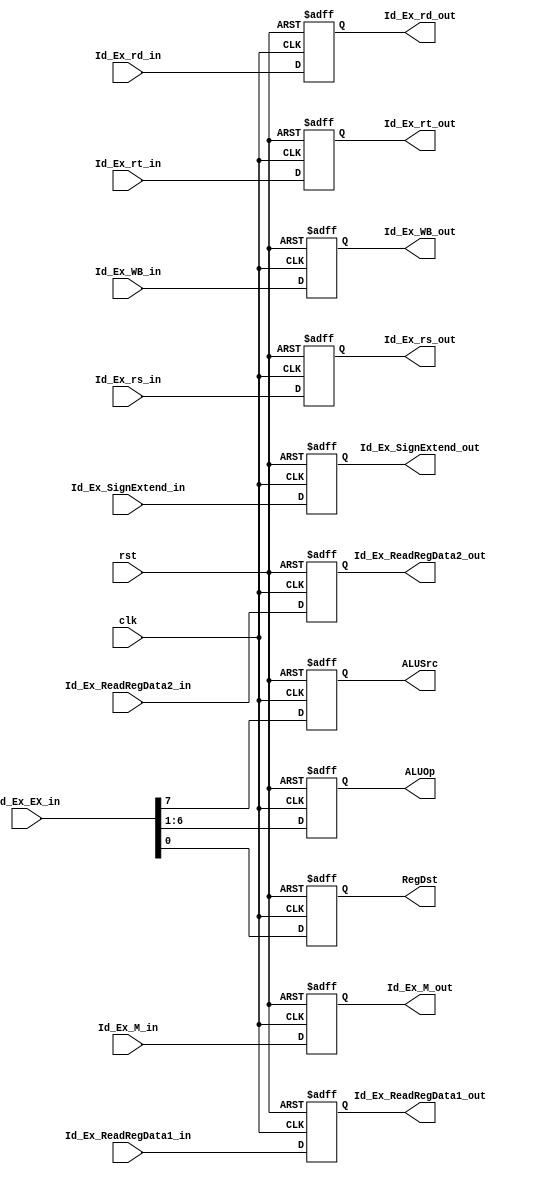
module ID_EX(	ALUSrc, ALUOp, RegDst, 
		Id_Ex_WB_out, Id_Ex_M_out, Id_Ex_ReadRegData1_out, Id_Ex_ReadRegData2_out, 
		Id_Ex_SignExtend_out, Id_Ex_rs_out,  Id_Ex_rt_out, Id_Ex_rd_out, 
		Id_Ex_WB_in, Id_Ex_M_in, Id_Ex_EX_in, Id_Ex_ReadRegData1_in, Id_Ex_ReadRegData2_in, 
		Id_Ex_SignExtend_in, Id_Ex_rs_in, Id_Ex_rt_in, Id_Ex_rd_in, rst, clk);

input	rst;
input 	clk;
input	[1:0]	Id_Ex_WB_in;
input	[3:0]	Id_Ex_M_in;
input 	[7:0]	Id_Ex_EX_in;
input	[31:0]	Id_Ex_ReadRegData1_in;
input	[31:0]	Id_Ex_ReadRegData2_in;
input	[31:0]	Id_Ex_SignExtend_in;
input	[4:0]	Id_Ex_rs_in;
input	[4:0]	Id_Ex_rt_in;
input	[4:0]	Id_Ex_rd_in;

output	[1:0]	Id_Ex_WB_out;
output	[3:0]	Id_Ex_M_out;
output		ALUSrc;
output	[5:0]	ALUOp;
output		RegDst;
output	[31:0]	Id_Ex_ReadRegData1_out;
output	[31:0]	Id_Ex_ReadRegData2_out;
output	[31:0]	Id_Ex_SignExtend_out;
output	[4:0]	Id_Ex_rs_out;
output	[4:0]	Id_Ex_rt_out;
output	[4:0]	Id_Ex_rd_out;


reg	[1:0]	Id_Ex_WB_out;
reg	[3:0]	Id_Ex_M_out;
reg		ALUSrc;
reg	[5:0]	ALUOp;
reg		RegDst;
reg	[31:0]	Id_Ex_ReadRegData1_out;
reg	[31:0]	Id_Ex_ReadRegData2_out;
reg	[31:0]	Id_Ex_SignExtend_out;
reg	[4:0]	Id_Ex_rs_out;
reg	[4:0]	Id_Ex_rt_out;
reg	[4:0]	Id_Ex_rd_out;


always@(posedge clk or posedge rst)begin
	if(rst)begin
		ALUSrc = 0;
		ALUOp = 0;
		RegDst = 0;
		Id_Ex_WB_out = 0;
		Id_Ex_M_out = 0;
		Id_Ex_ReadRegData1_out = 0;
		Id_Ex_ReadRegData2_out = 0;
		Id_Ex_SignExtend_out = 0;
		Id_Ex_rs_out = 0;
		Id_Ex_rt_out = 0;
		Id_Ex_rd_out = 0;
	end
	else begin
		ALUSrc = Id_Ex_EX_in[7];
		ALUOp = Id_Ex_EX_in[6:1];
		RegDst = Id_Ex_EX_in[0];
		Id_Ex_WB_out = Id_Ex_WB_in;
		Id_Ex_M_out = Id_Ex_M_in;
		Id_Ex_ReadRegData1_out = Id_Ex_ReadRegData1_in;
		Id_Ex_ReadRegData2_out = Id_Ex_ReadRegData2_in;
		Id_Ex_SignExtend_out = Id_Ex_SignExtend_in;
		Id_Ex_rs_out = Id_Ex_rs_in;
		Id_Ex_rt_out = Id_Ex_rt_in;
		Id_Ex_rd_out = Id_Ex_rd_in;
	end
end

endmodule